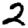
Digit: 2